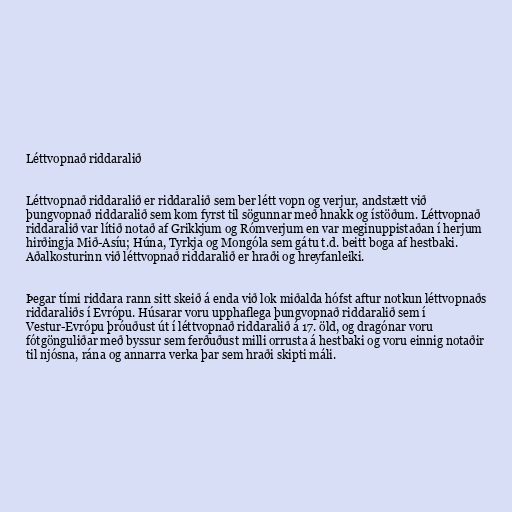
Léttvopnað riddaralið

Léttvopnað riddaralið er riddaralið sem ber létt vopn og verjur, andstætt við
þungvopnað riddaralið sem kom fyrst til sögunnar með hnakk og ístöðum. Léttvopnað
riddaralið var lítið notað af Grikkjum og Rómverjum en var meginuppistaðan í herjum
hirðingja Mið-Asíu; Húna, Tyrkja og Mongóla sem gátu t.d. beitt boga af hestbaki.
Aðalkosturinn við léttvopnað riddaralið er hraði og hreyfanleiki.

Þegar tími riddara rann sitt skeið á enda við lok miðalda hófst aftur notkun léttvopnaðs
riddaraliðs í Evrópu. Húsarar voru upphaflega þungvopnað riddaralið sem í
Vestur-Evrópu þróuðust út í léttvopnað riddaralið á 17. öld, og dragónar voru
fótgönguliðar með byssur sem ferðuðust milli orrusta á hestbaki og voru einnig notaðir
til njósna, rána og annarra verka þar sem hraði skipti máli.